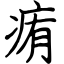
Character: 痏